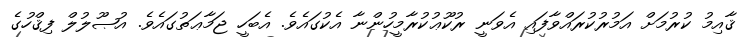
ޤާއިމު ކުރުމަށް އަމުރުކުރައްވާފައި އެވަނީ ރުކޫޢުކުރާމީހުންނާ އެކުގައެވެ. އެބަހީ ޖަމާޢަތުގައެވެ. އުޞޫލުލް ފިޤްހުގެ